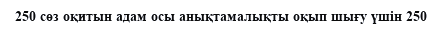
250 сөз оқитын адам осы анықтамалықты оқып шығу үшін 250